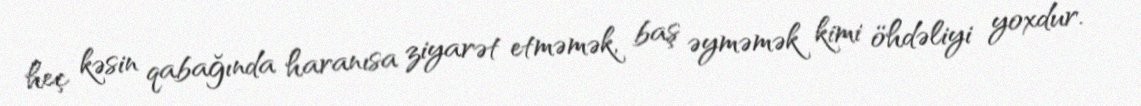
heç kəsin qabağında haranısa ziyarət etməmək, baş əyməmək kimi öhdəliyi yoxdur.